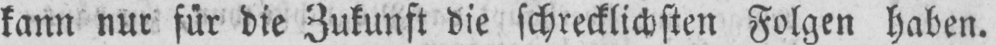
kann nur für die Zukunft die schrecklichsten Folgen haben.